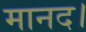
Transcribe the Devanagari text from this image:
मानद।